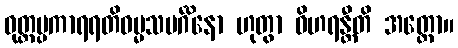
ဝုတ္တပ္ပကာရရတိဓမ္မသမင်္ဂိနော ဟုတွာ ဝိဟရန္တီတိ အတ္ထော။